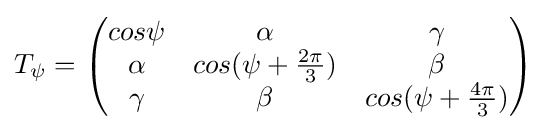
T_{\psi }=\left({\begin{matrix}cos\psi &\alpha &\gamma \\\alpha &cos(\psi +{\frac {2\pi }{3}})&\beta \\\gamma &\beta &cos(\psi +{\frac {4\pi }{3}})\end{matrix}}\right)